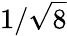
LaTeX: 1/{\sqrt{8}}